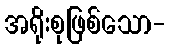
အရိုးစုဖြစ်သော-